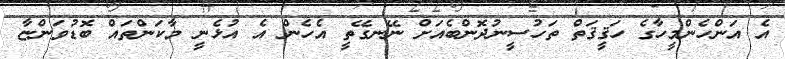
އެ އަންހެންމީހާގެ ހަޤީޤަތް ތަހުސީނުދޮންބެއަށް ނޭނގޭތީ އެހެން އެ އުޅެނީ މާކަންތައް ބޮޑުވަންޏާ